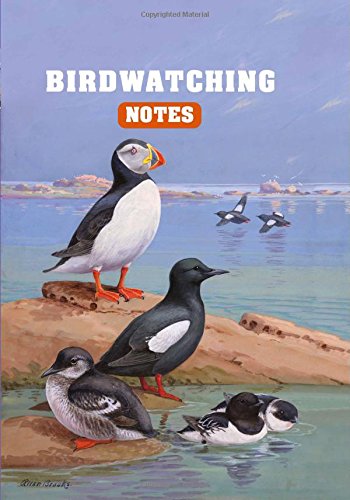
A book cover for Birdwatching Notes; CICO Books; Science & Math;